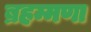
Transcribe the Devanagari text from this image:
ब्रहम्मणा